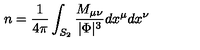
n = { \frac { 1 } { 4 \pi } } \int _ { S _ { 2 } } { \frac { M _ { \mu \nu } } { | \Phi | ^ { 3 } } } d x ^ { \mu } d x ^ { \nu }